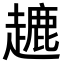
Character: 𧽥